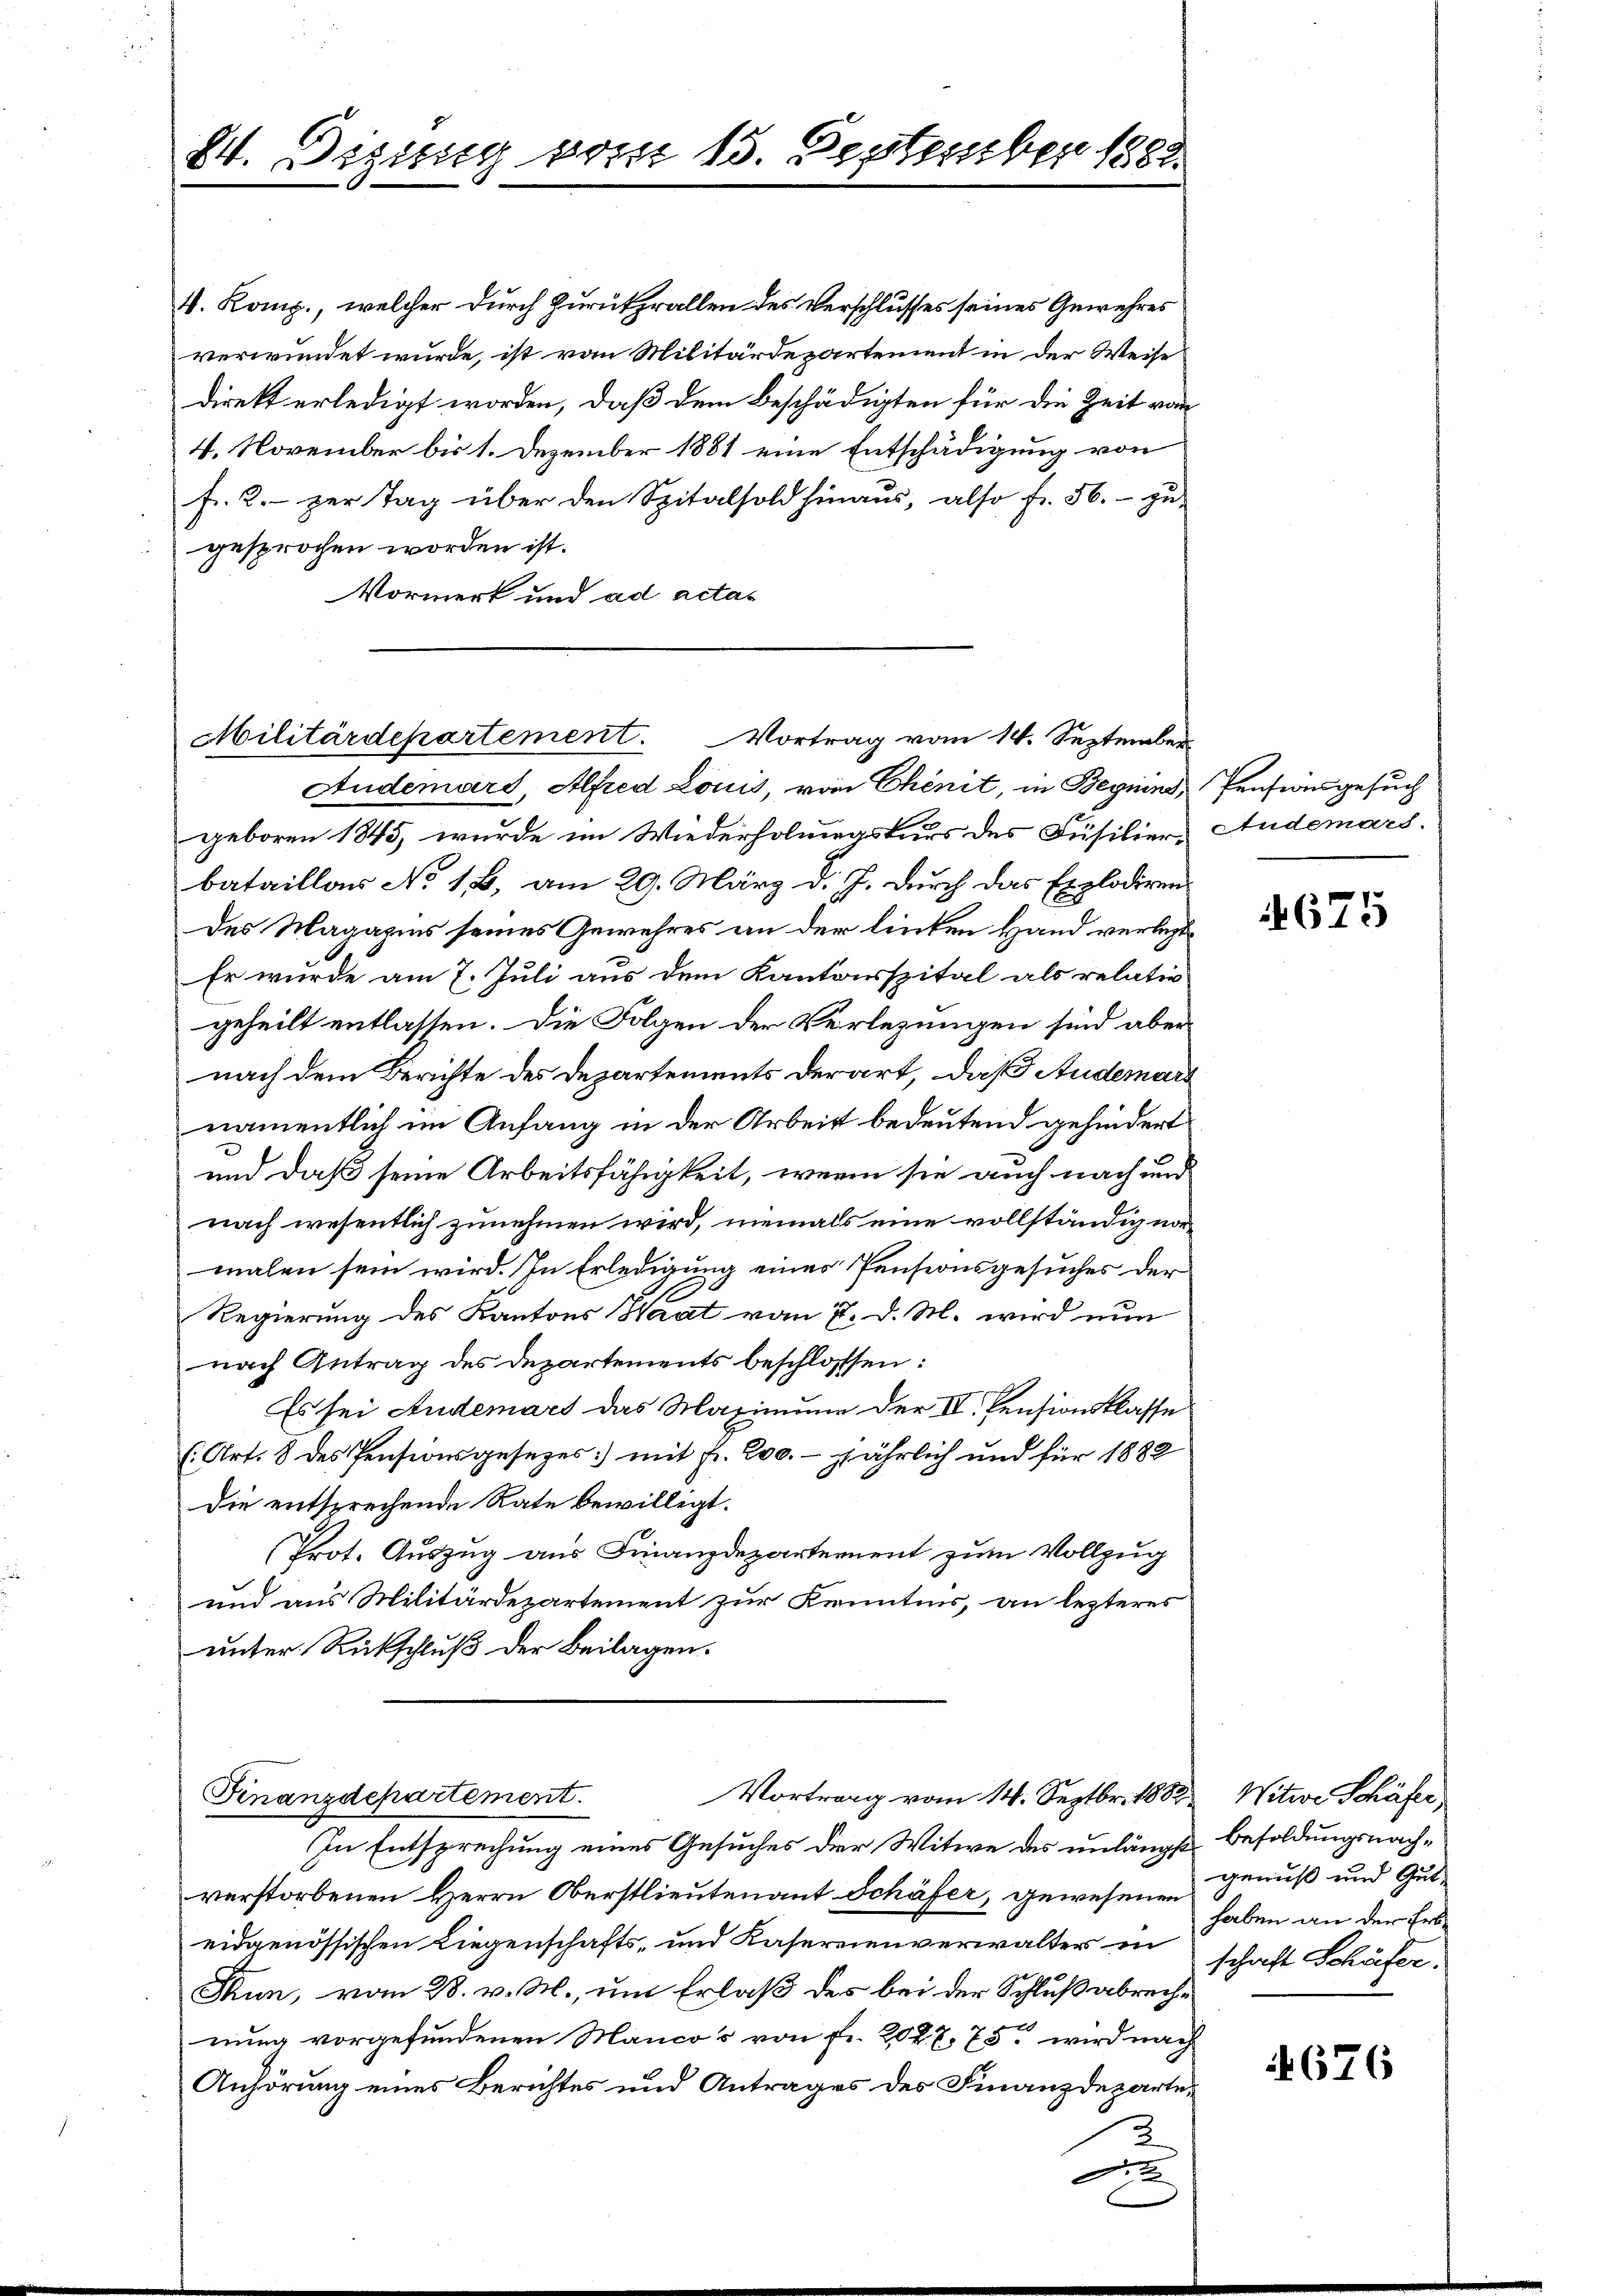
24. Digung vom 15. September 1888.

4. Komp., welcher durch Zurükprallen des Verschlusses seines Gewehres
verwundet wurde, ist von Militärdepartement in der Weise
direkt erledigt worden, daß dem beschädigten für die Zeit von
4. November bis 1. Dezember 1881 eine Entschädigung von
fr. 2. per Tag über den Spitalfold hinaŭs, also fr. 56. zu
gesprochen worden ist.
Vormerk und ad actas

Militärdepartement. Vortrag vom 14. September

Audemari, Alfred Louis, von Chenit, in Beguins, Pensionsgesuch
geboren 1845, wurde im Wiederholungskurs des Füsilier Audemars.
bataillar No 13. am 29. März d. J. durch das Explodirendes Magazins seines Gewehres an der linken Hand verlegt
Er wurde am 7. Juli aus dem Kantonsspital als relativ
geheilt entlassen. Die Folgen der Verlegungen sind aber
nach dem Berichte des Departements derart, daß Audemari
namentlich im Anfang in der Arbeit bedeutend gehindert
und daß seine Arbeitsfähigkeit, wenn sie auch nach und
nach wesentlich zunehmen wird, niemals eine vollständig normalen sein wird. In Erledigung eines Pensionsgesuches der
Regierung des Kantons Haat vom 7. d. M. wird nun
nach Antrag des Departements beschlossen:
Es sei Andemars das Maximum der II. Pensionsklasse
(Art. 8 des Pensionsgesetzes) mit Fr. 200. jährlich und für 1882
die entsprechende Rate bewilligt.
Prot. Auszug aus Finanzdepartement zum Vollzug
und aus Militärdepartement zur Kenntnis, an lezteres
unter Rückschluß der Beilagen.

Vortrag vom 14. Septbr. 1882 Witwe Schäfer,
Finanzdepartement.

In Entsprechung eines Gesuches der Witwe des unlängst Besoldungsnachverstorbenen Herrn Oberstlieutenant Schäfer, gewesenen
eidgenössischen Liegenschafts- und Kasereienverwalter in schaft Schäfer,
Thun, vom 28. v. M., um Erlaß des bei der Schlußabreche
nung vorgefundenen Manco's von fr. 202. 7. 75. wird nach
Anhörung eines Berichtes und Antrages des Finanzdeparte¬
2
A

4675

genuß und Gut-
haben an der Erb¬

4676